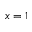
x = 1